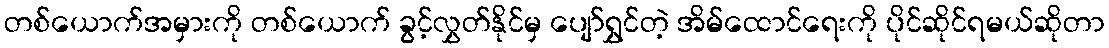
တစ်ယောက်အမှားကို တစ်ယောက် ခွင့်လွှတ်နိုင်မှ ပျော်ရွှင်တဲ့ အိမ်ထောင်ရေးကို ပိုင်ဆိုင်ရမယ်ဆိုတာ